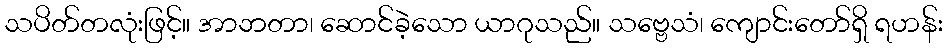
သပိတ်တလုံးဖြင့်။ အာဘတာ၊ ဆောင်ခဲ့သော ယာဂုသည်။ သဗ္ဗေသံ၊ ကျောင်းတော်ရှိ ရဟန်း